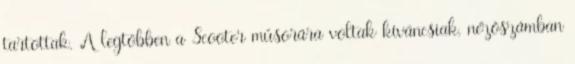
tartottak. A legtöbben a Scooter műsorára voltak kíváncsiak, nézőszámban